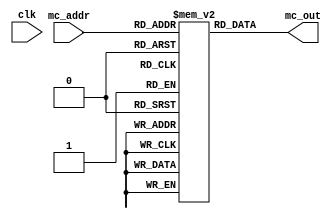
module GoofyMC (
	input clk,

	input [11:0] mc_addr,
	output [63:0] mc_out
);
	reg [63:0] memory [0:12'hFFF];

	assign mc_out = memory[mc_addr];

	initial begin
		`ifdef MICROCODE
				$readmemh(`MICROCODE, memory);
		`endif
    end
endmodule